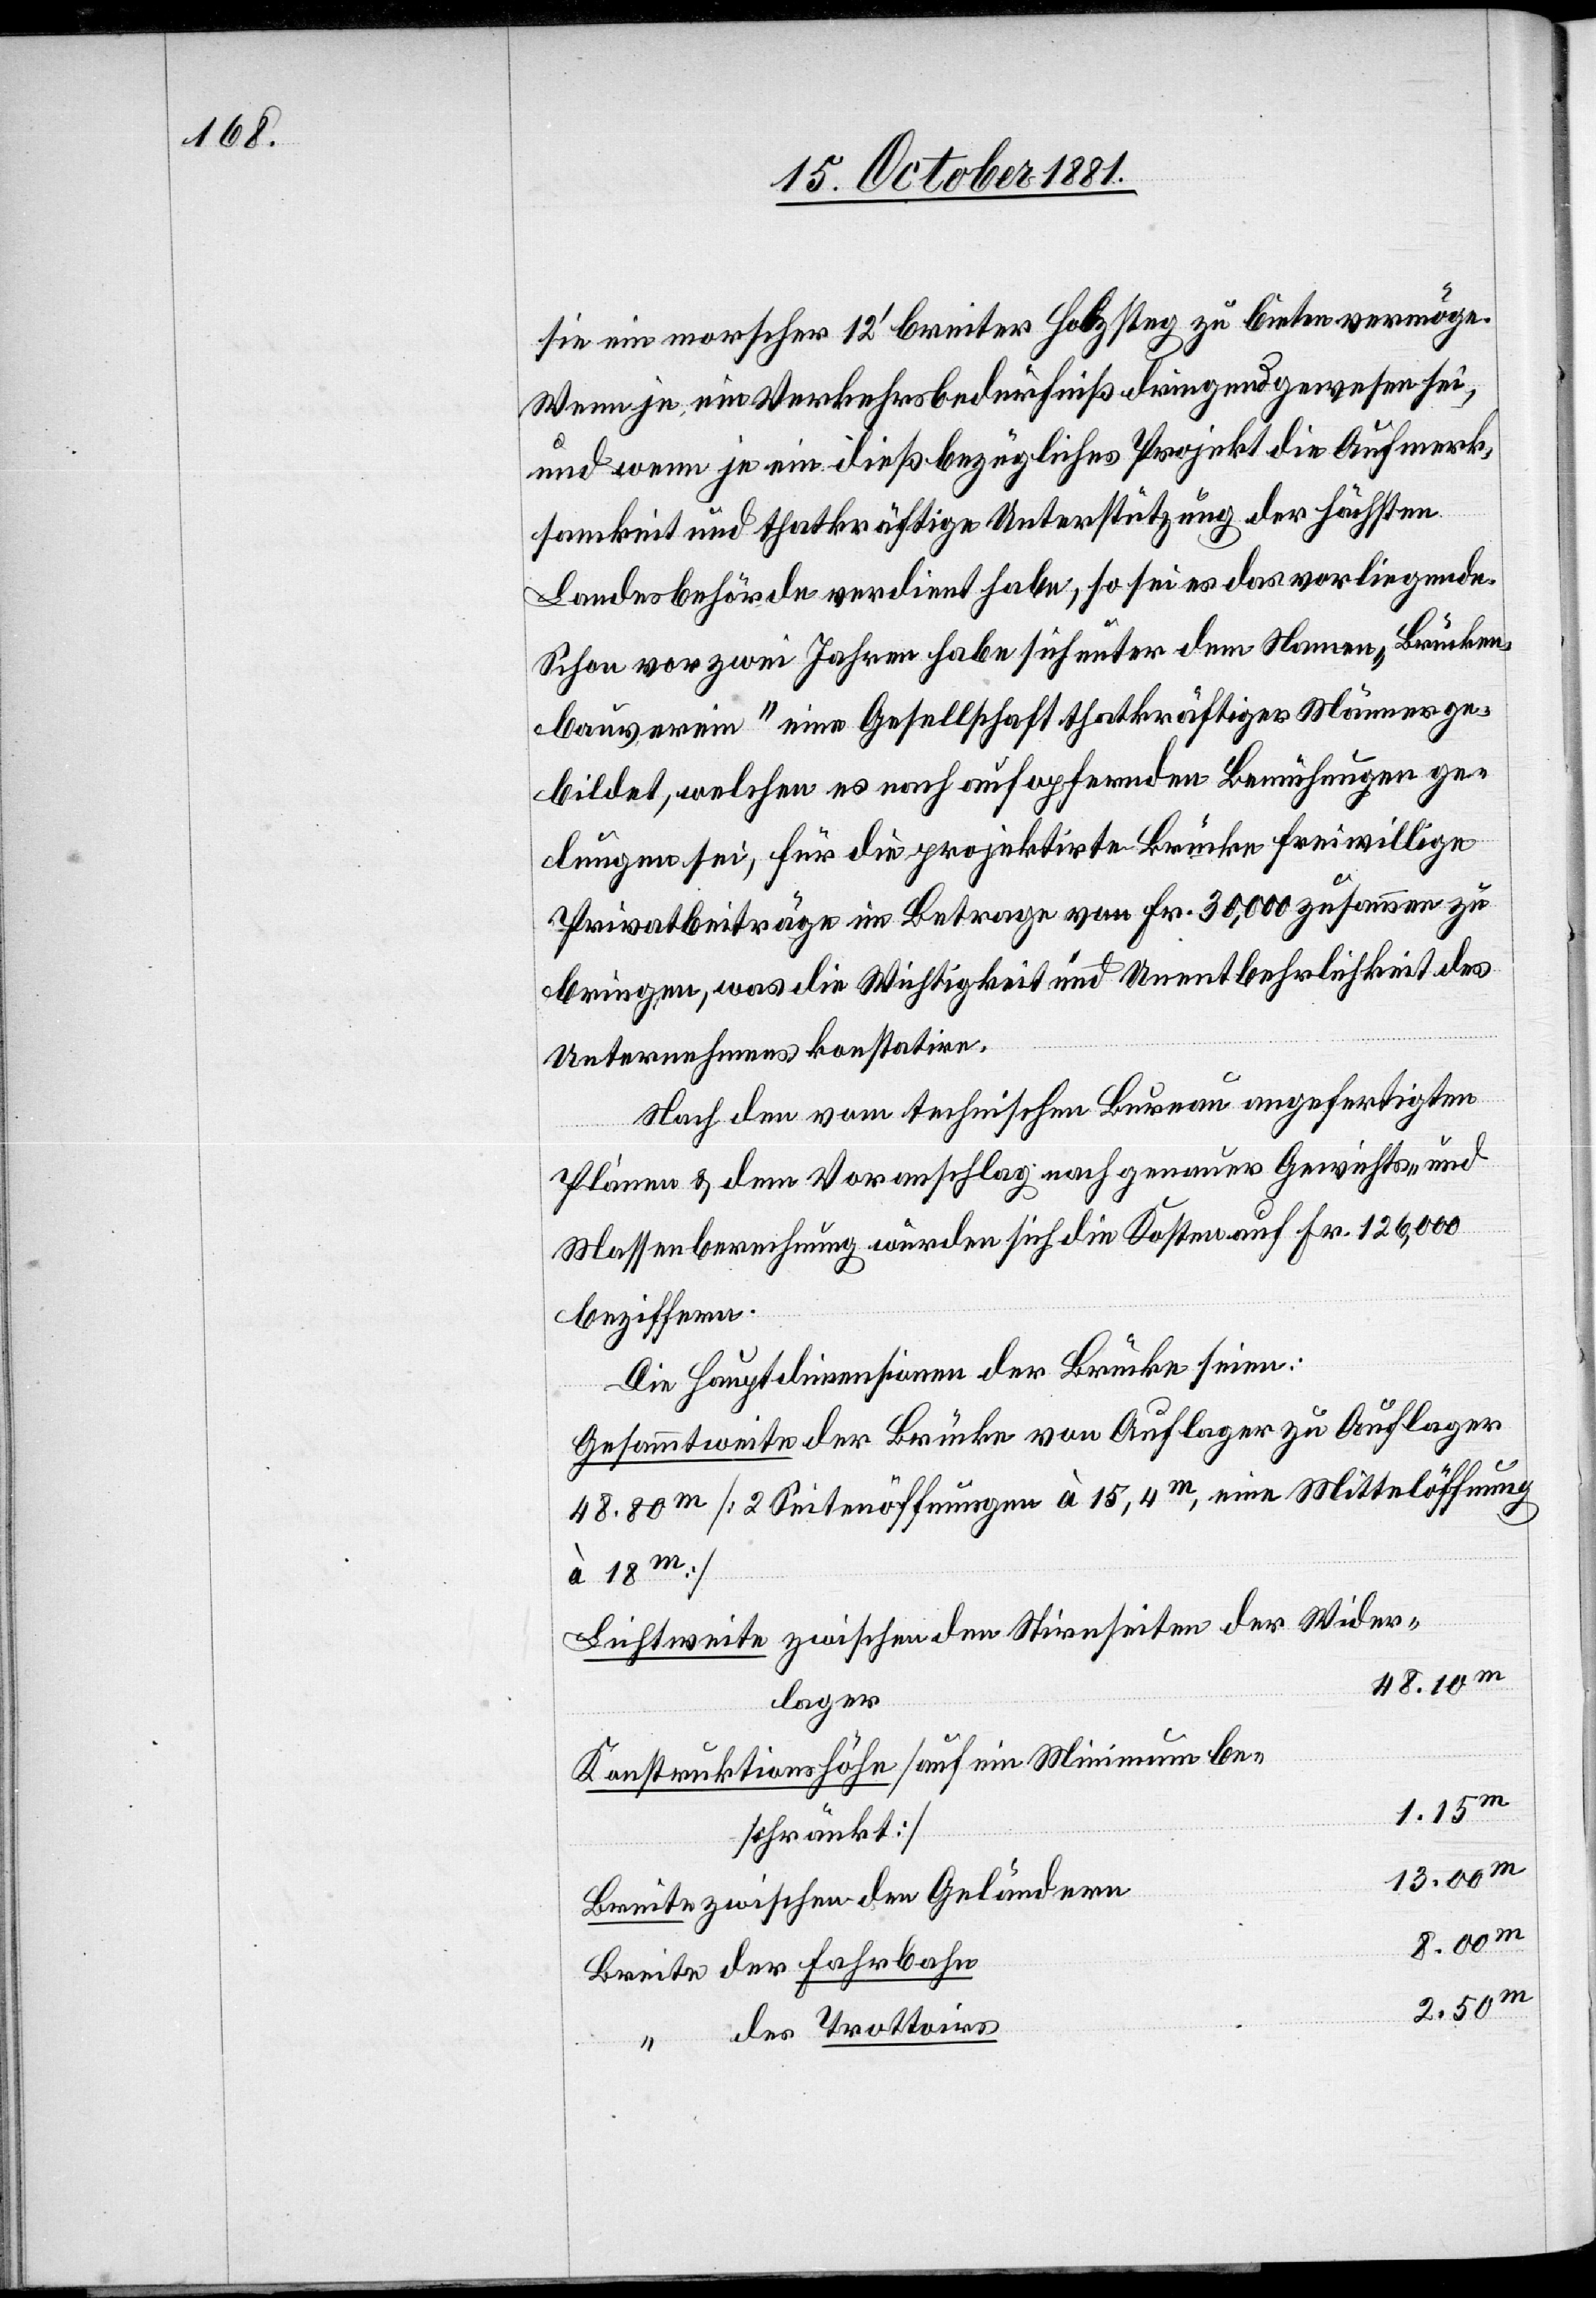
sie ein morscher 12‘ breiter Holzsteg zu bieten vermöge.
Wenn je ein Verkehrsbedürfniß dringend gewesen sei,
und wenn je ein dießbezügliches Projekt die Aufmerk¬
samkeit und thatkräftige Unterstützung der höchsten
Landesbehörde verdient habe, so sei es das vorliegende.
Schon vor zwei Jahren habe sich unter dem Namen „Brücken¬
bauverein“ eine Gesellschaft thatkräftiger Männer ge¬
bildet, welchen es nach aufopfernden Bemühungen ge¬
lungen sei, für die projektirte Brücke freiwillige
Privatbeiträge im Betrage von Fr. 30 000 zusammen zu
bringen, was die Wichtigkeit und Unentbehrlichkeit des
Unternehmens konstatire.
Nach den vom technischen Bureau angefertigten
Plänen & dem Voranschlag nach genauer Gewichts- und
Massenberechnung würden sich die Kosten auf Fr. 126 000
beziffern.
Die Hauptdivisionen der Brücke seien:
Gesammtweite der Brücke von Auflager zu Auflager
48.80m [2 Seitenöffnungen à 15,4m, eine Mittelöffnung
à 18m]
Lichtweite zwischen den Stirnseiten der Wider¬
n			13.00m
lage¬
Konstruktionshöhe [auf ein Minimum be¬
1.15m
schränkt]
Breite zwischen den Geländer¬
Breite der Fahrbahn
2.50m